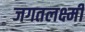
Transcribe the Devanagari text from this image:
जगतलक्ष्मी